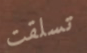
تسلقت